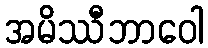
အမိဿီဘာဝေါ